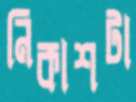
নিকাশটা